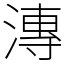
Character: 漙